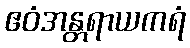
ဧဝံအန္တရာယကရံ